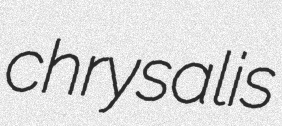
chrysalis